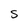
Character: S